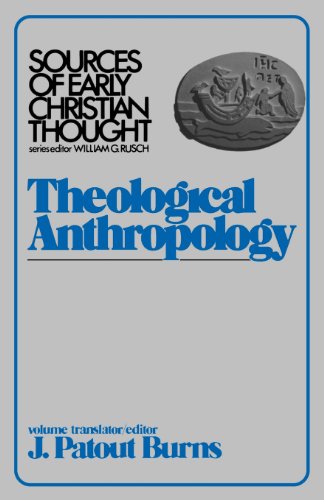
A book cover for Theological Anthroplogy (Sources of Early Christian Thought); Patout J. Burns; Christian Books & Bibles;